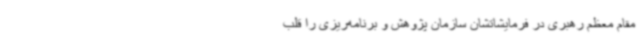
مقام معظم رهبری در فرمایشاتشان سازمان پژوهش و برنامه‌ریزی را قلب